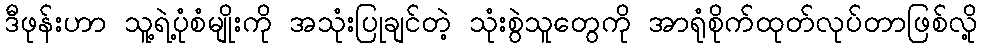
ဒီဖုန်းဟာ သူ့ရဲ့ပုံစံမျိုးကို အသုံးပြုချင်တဲ့ သုံးစွဲသူတွေကို အာရုံစိုက်ထုတ်လုပ်တာဖြစ်လို့